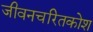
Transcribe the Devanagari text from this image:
जीवनचरितकोश